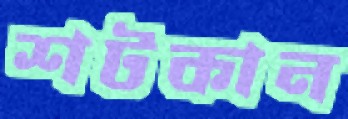
শটকান